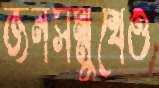
জনসম্মুখেও